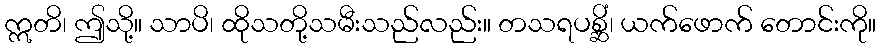
ဣတိ၊ ဤသို့။ သာပိ၊ ထိုသတို့သမီးသည်လည်း။ တသရပစ္ဆိံ၊ ယက်ဖောက် တောင်းကို။